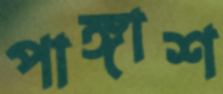
পাঙ্গাশ